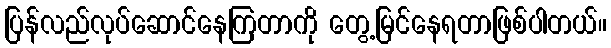
ပြန်လည်လုပ်ဆောင်နေကြတာကို တွေ့မြင်နေရတာဖြစ်ပါတယ်။